Sketch of the medical history of the native army of Bombay, for the year
Year: 1872
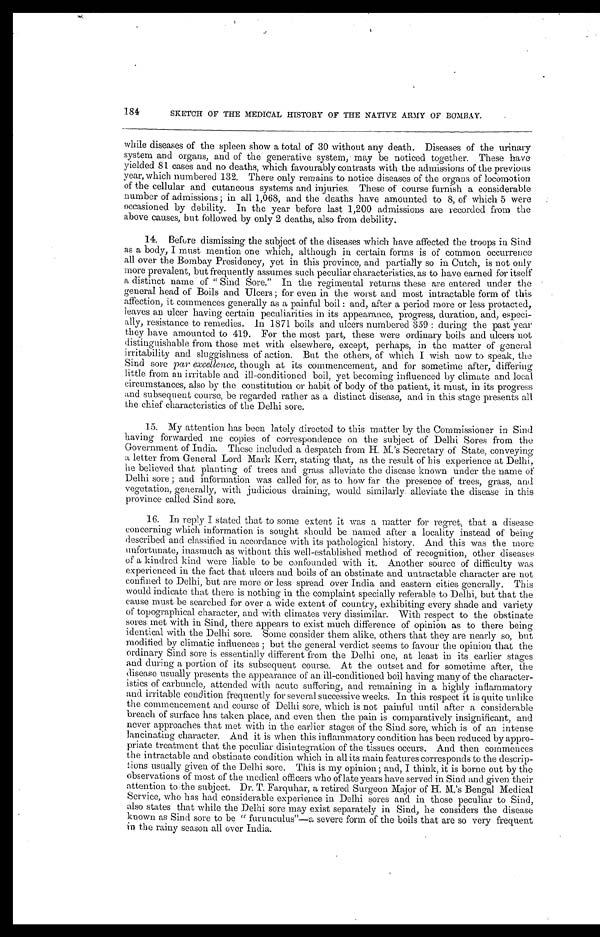
184
SKETCH OF THE M'EDICAL HISTORY OF THE NATIVE ARMY OF BOMBAY.
while diseases of the spleen show a total of 30 without any death. Diseases of the urinary
system and organs, and of the generative system, may be noticed together. These have
yielded 81 cases and no deaths, which favourably contrasts with the admissions of the previous
year, which numbered 132. There only remains to notice diseases of the organs of locomotion
of the cellular and cutaneous systems and injuries. These of course furnish a considerable
number of admissions; in all 1,068, and the deaths have amounted to 8, of which 5 were
occasioned by debility. In the year before last 1,200 admissions are recorded from the
above causes, but followed by only 2 deaths, also from debility.
14. Before dismissing the subject of the diseases which have affected the troops in Sind
as a body, I must mention one which, although in certain forms is of common occurrence
all over the Bombay Presidency, yet in this province, and partially so in Cutch, is not only
more prevalent, but frequently assumes such peculiar characteristics, as to have earned for itself
a distinct name of " Sind Sore." In the regimental returns these are entered under the
general head of Boils and Ulcers; for even in the worst and most intractable form of this
affection, it commences generally as a painful boil: and, after a period more or less protected,
leaves an ulcer having certain peculiarities in its appearance, progress, duration, and, especi-
ally, resistance to remedies. In 1871 boils and ulcers numbered 359: during the past year
they have amounted to 419. For the most part, these were ordinary boils and ulcers not
distinguishable from those met with elsewhere, except, perhaps, in the matter of , general
irritability and sluggishness of action. But the others, of which I wish now to speak, the
Sind sore par excellence, though at its commencement, and for sometime after, differing
little from an irritable and ill-conditioned boil, yet becoming influenced by climate and local
circumstances, also by the constitution or habit of body of the patient, it must, in its progress
and subsequent course, be regarded rather as a distinct disease, and in this stage presents all
the chief characteristics of the Delhi sore.
15. My attention has been lately directed to this matter by the Commissioner in Sind
having forwarded me copies of correspondence on the subject of Delhi Sores from the
Government of India. These included a despatch from H. M.'s Secretary of State, conveying
a letter from General Lord Mark Kerr, stating that, as the result of his experience at Delhi,
he believed that planting of trees and grass alleviate the disease known under the name of
Delhi sore; and information was called for, as to how far the presence of trees, grass, and
vegetation, generally, with judicious draining, would similarly alleviate the disease in this
province called Sind sore.
16. In reply I stated that to some extent it was a matter for regret, that a disease
concerning which information is sought should be named after a locality instead of being
described and classified in accordance with its pathological history. And this was the more
unfortunate, inasmuch as without this well-established method of recognition, other diseases
of a kindred kind were liable to be confounded with it. Another source of difficulty was
experienced in the fact that ulcers and boils of an obstinate and untractable character are not
confined to Delhi, but are more or less spread over India and eastern cities generally. This
would indicate that there is nothing in the complaint specially referable to Delhi, but that the
cause must be searched for over a wide extent of country, exhibiting every shade and variety
of topographical character, and with climates very dissimilar. With respect to the obstinate
sores met with in Sind, there appears to exist much difference of opinion as to there being
identical with the Delhi sore. Some consider them alike, others that they are nearly so, but
modified by climatic influences; but the general verdict seems to favour the opinion that the
ordinary Sind sore is essentially different from the Delhi one, at least in its earlier stages
and during a portion of its subsequent course. At the outset and for sometime after, the
disease usually presents the appearance of an ill-conditioned boil having many of the character-
istics of carbuncle, attended with acute suffering, and remaining in a highly inflammatory
and irritable condition frequently for several successive weeks. In this respect it is quite unlike
the commencement and course of Delhi sore, which is not painful until after a considerable
breach of surface has taken place, and even then the pain is comparatively insignificant, and
never approaches that met with in the earlier stages of the Sind sore, which is of an intense
lancinating character. And it is when this inflammatory condition has been reduced by appro-
priate treatment that the peculiar disintegration of the tissues occurs. And then commences
the intractable and obstinate condition which in all its main features corresponds to the descrip-
tions usually given of the Delhi sore. This is my opinion; and, I think, it is borne out by the
observations of most of the medical officers who of late years have served in Sind and given their
attention to the subject. Dr. T. Farquhar, a retired Surgeon Major of H. M.'s Bengal Medical
Service, who has had considerable experience in Delhi sores and in those peculiar to Sind,
also states that while the Delhi sore may exist separately in Sind, he considers the disease
known as Sind sore to be " furunculus"—a severe form of the boils that are so very frequent
in the rainy season all over India.